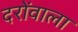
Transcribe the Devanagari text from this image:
दरोंवाला